画像に写った文字を読んでください
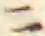
「ニ」と書いてあります